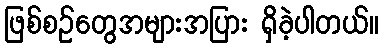
ဖြစ်စဉ်တွေအများအပြား ရှိခဲ့ပါတယ်။